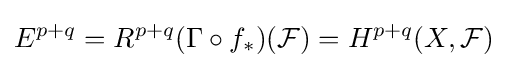
E^{p+q}=R^{p+q}(\Gamma \circ f_{*})({\mathcal {F}})=H^{p+q}(X,{\mathcal {F}})